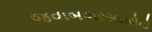
જવાબવારસદારોનો